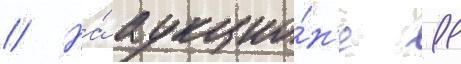
// На́ аукцио́н'е 11